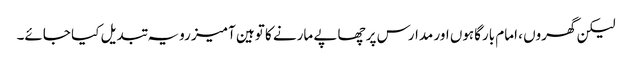
لیکن گھروں ، امام بارگاہوں اور مدارس پر چھاپے مارنے کا توہین آمیز رویہ تبدیل کیا جائے۔